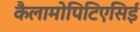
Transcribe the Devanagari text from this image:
कैलामोपिटिएसिई